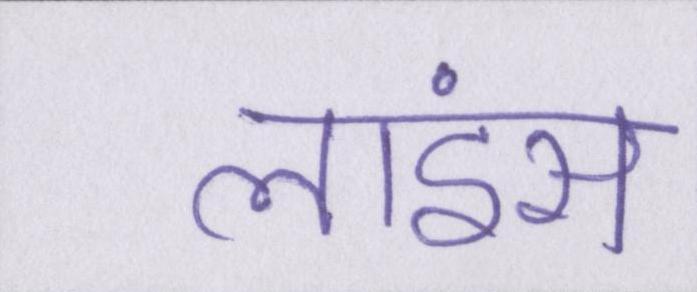
लाइंस